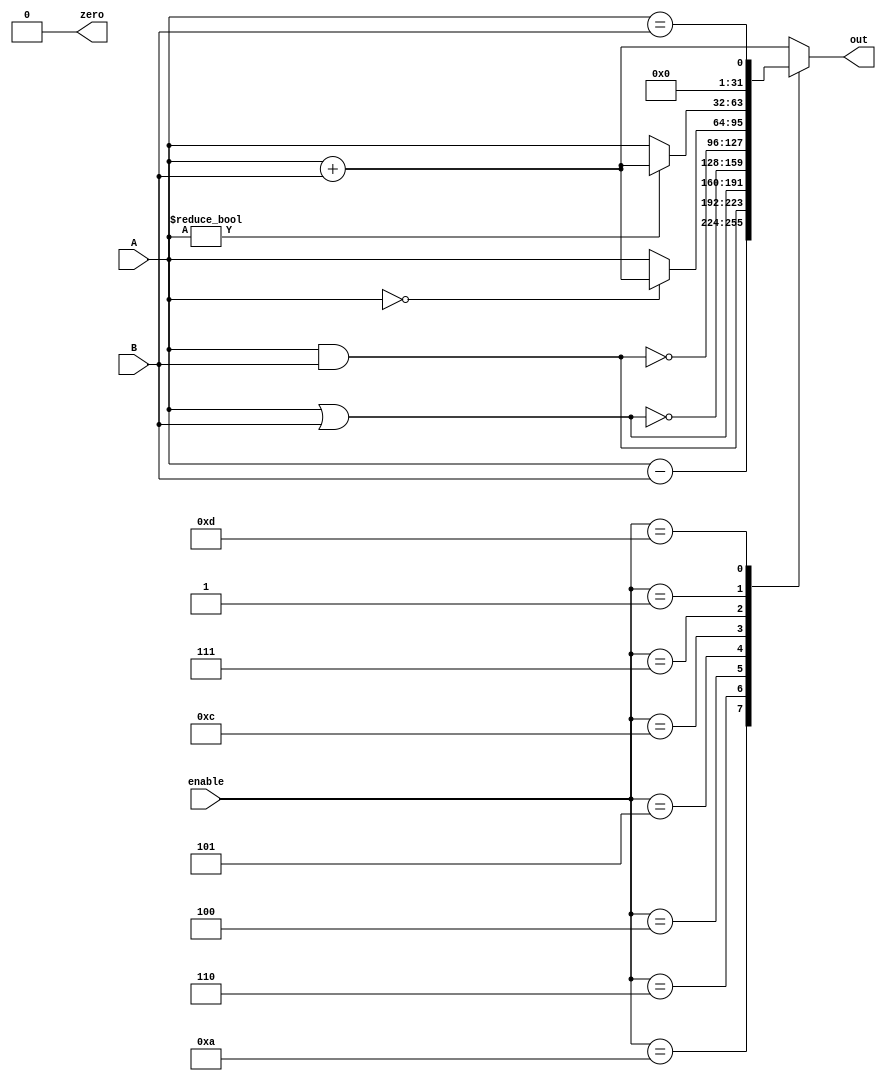
module ALU(
        input [31:0] A,B,  // ALU 32-bit Inputs                 
        input [3:0] enable,// ALU Selection
        output [31:0] out, // ALU 32-bit Output
	output zero
    );
    reg [31:0] a_result;
    assign out = a_result; // ALU out
    assign zero = 0;
always @(*)
    begin
        case(enable)

        	4'b0010: // Addition & LDUR & STUR
        a_result = A + B ; 
        
		4'b1010: // Subtraction
        a_result = A - B ; 

		 4'b0110: //  Logical and 
        a_result = A & B;
         
		 4'b0100: //  Logical or
        a_result = A | B;

		 4'b0101: //  Logical nor
        a_result = ~(A | B);
         
		 4'b1100: // Logical nand 
        a_result = ~(A & B);

		4'b0111: //   CBZ ??      
	a_result = (A==0)?(A+B):A;
		
		4'b0001: //CBNZ
	a_result = (A != 0)? (A+B):A;
		
		4'b1101: // MOV ??   
        a_result = (A==B);
          
		  default: a_result = A + B ; 
        endcase
    end
endmodule